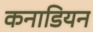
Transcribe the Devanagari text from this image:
कनाडियन